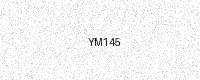
Text: YM145